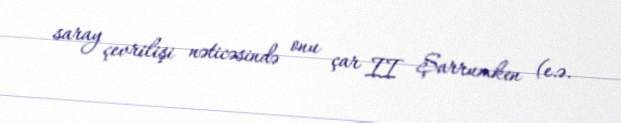
saray çevrilişi nəticəsində onu çar II Şarrumken (e.ə.